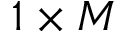
1 \times M